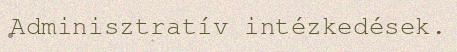
Adminisztratív intézkedések.